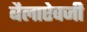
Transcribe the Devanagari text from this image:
बैलाऐवजी